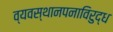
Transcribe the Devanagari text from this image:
व्यवस्थानपनाविरुद्ध